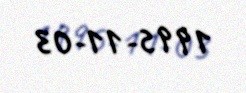
1995-11-03